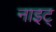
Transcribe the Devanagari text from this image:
नाइट्